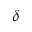
\delta